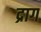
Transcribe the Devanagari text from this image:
द्राग